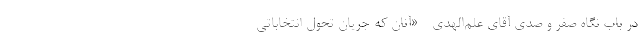
در باب نگاه صفر و صدی آقای علم‌الهدی - «آنان که جریان تحولِ انتخاباتی